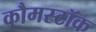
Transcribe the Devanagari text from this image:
कौमस्टॉक